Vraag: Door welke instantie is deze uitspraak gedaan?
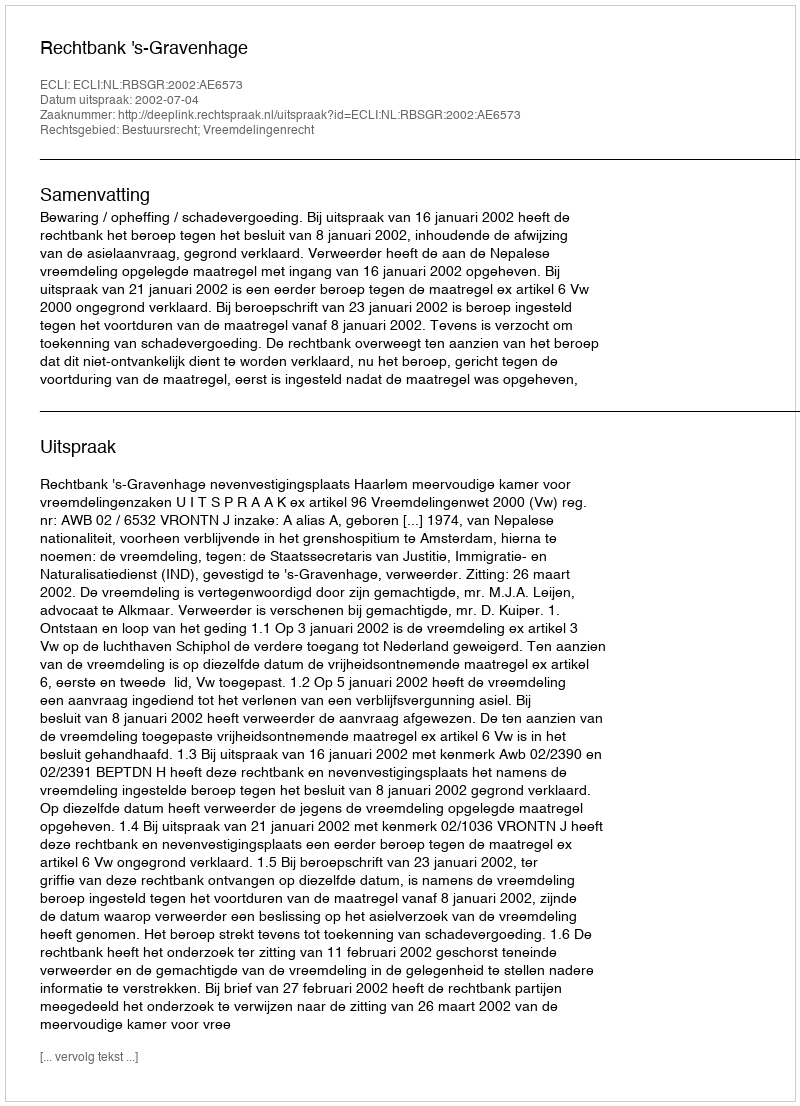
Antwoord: Rechtbank 's-Gravenhage